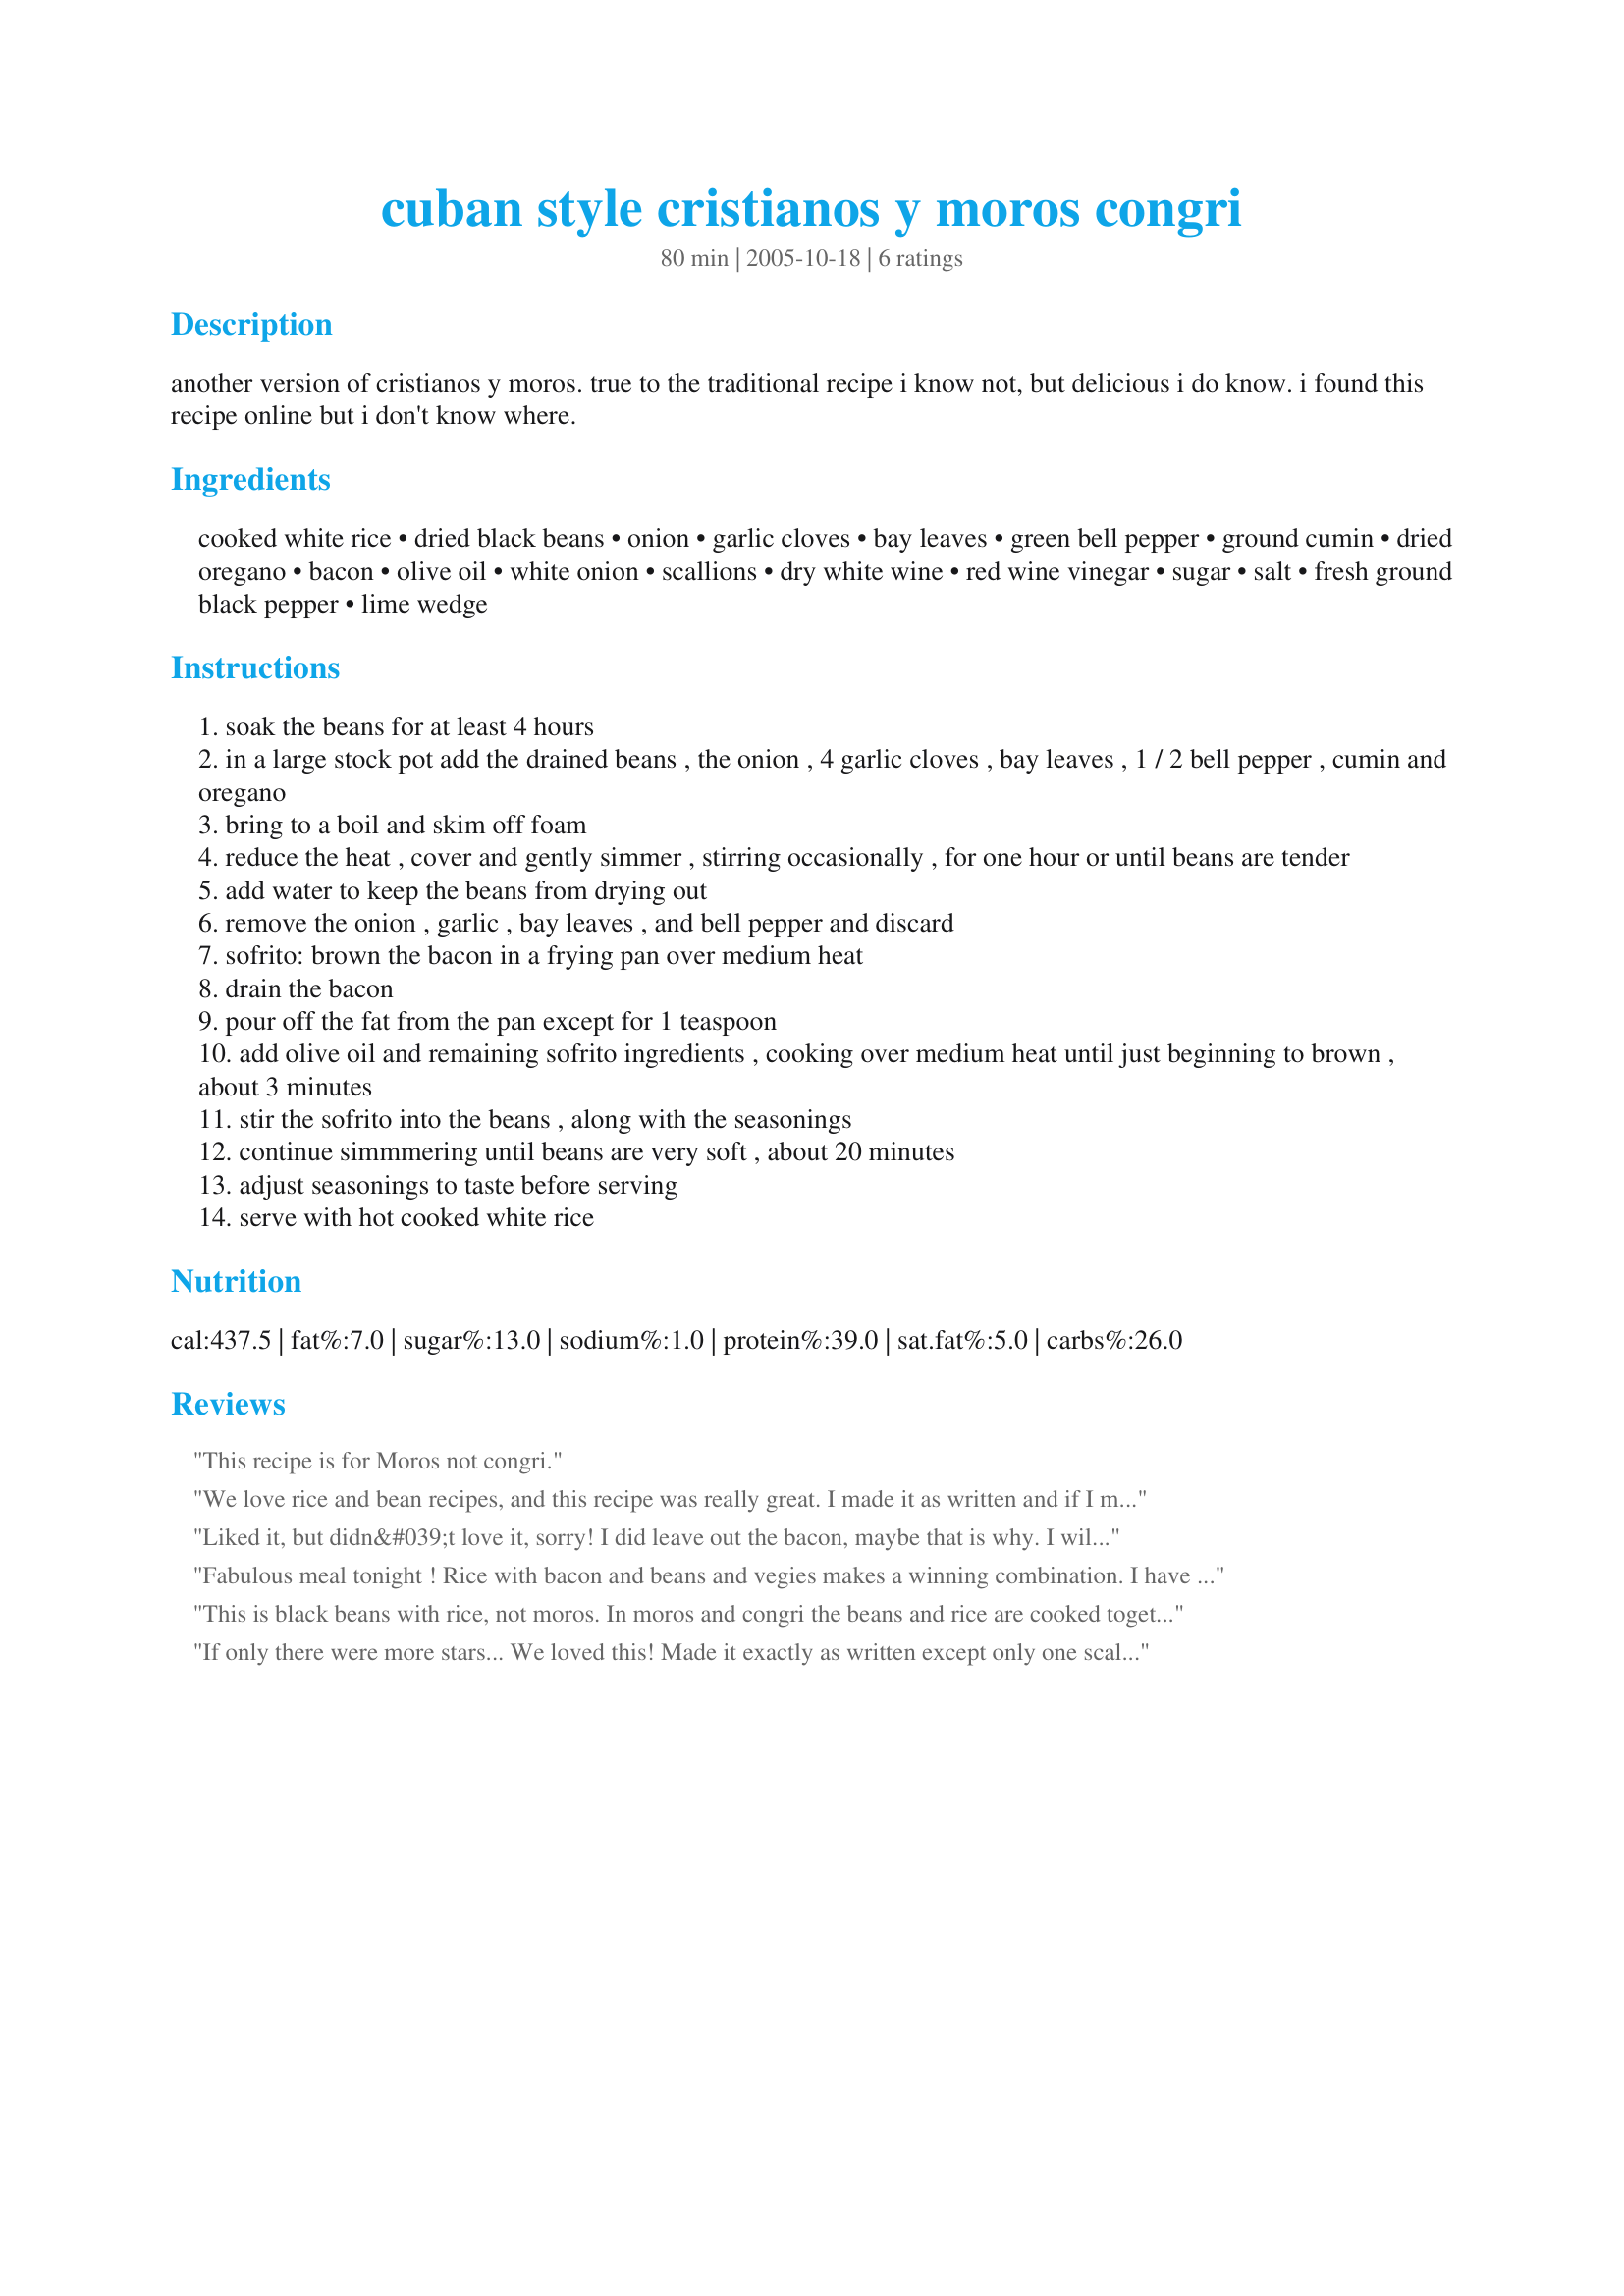
cuban style cristianos y moros congri
Preparation time: 80 minutes

another version of cristianos y moros. true to the traditional recipe i know not, but delicious i do know.
i found this recipe online but i don't know where.

Ingredients:
cooked white rice, dried black beans, onion, garlic cloves, bay leaves, green bell pepper, ground cumin, dried oregano, bacon, olive oil, white onion, scallions, dry white wine, red wine vinegar, sugar, salt, fresh ground black pepper, lime wedge

Steps:
soak the beans for at least 4 hours
in a large stock pot add the drained beans , the onion , 4 garlic cloves , bay leaves , 1 / 2 bell pepper , cumin and oregano
bring to a boil and skim off foam
reduce the heat , cover and gently simmer , stirring occasionally , for one hour or until beans are tender
add water to keep the beans from drying out
remove the onion , garlic , bay leaves , and bell pepper and discard
sofrito: brown the bacon in a frying pan over medium heat
drain the bacon
pour off the fat from the pan except for 1 teaspoon
add olive oil and remaining sofrito ingredients , cooking over medium heat until just beginning to brown , about 3 minutes
stir the sofrito into the beans , along with the seasonings
continue simmmering until beans are very soft , about 20 minutes
adjust seasonings to taste before serving
serve with hot cooked white rice

Reviews:
This recipe is for Moros not congri.
We love rice and bean recipes, and this recipe was really great. I made it as written and if I made any change at all next time, it would be to add spicy peppers to the mix, but that&#039;s just personal taste. I estimated the amount of water to use to boil the beans, and had to add more before the beans were fully cooked. In the end, I decided I could have used even more to make plenty of broth for the rice. The beans really soaked it up. Made for Mike and the Appliance Killer ZWT9.
Liked it, but didn&#039;t love it, sorry! I did leave out the bacon, maybe that is why. I will try it again tomorrow, maybe the flavors will meld. Thanks for sharing! Made for ZWT9
Fabulous meal tonight ! Rice with bacon and beans and vegies makes a winning combination. I have never seen black beans here so used both kidney and white beans. I used red and green peppers plus threw in a handful of other leftover vegetables . We all loved this dish.
This is black beans with rice, not moros. In moros and congri the beans and rice are cooked together not separately.
If only there were more stars... We loved this! Made it exactly as written except only one scallion (all we had) and red bell pepper instead of green. Yum, yum, yum!!! We live in a country where rice and beans are served at all three meals of the day - and this is far better than the Costa Rican gallos! I cut the recipe in half, since there are only two of us - but I wish I&#039;d made the whole thing. Thanks so much for posting a really wonderful recipe! Made for Team Gourmet Goddesses, ZWT9.
